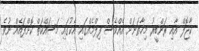
ކާޖޮލް އާއި ރަންބީރު މިހާތަނަށް އެއްވެސް ފިލްމެއްގައި އެކުގައި މަސައްކަތް ކޮށްފައެއް ނުވެ